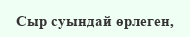
Сыр суындай өрлеген,